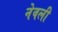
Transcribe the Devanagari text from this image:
नेवली